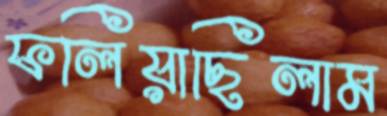
ফলিয়াছিলাম